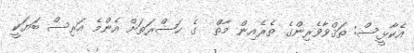
އެކާޅީސް: ތަޤްވާވެރިންގެ ތެރެއިން މާތް  ގެ ޙަޟްރަތަށް އެންމެ އަރިސް ބަޔަކީ